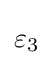
{{{\text{ }}\!\!\varepsilon \!\!{\text{ }}}_{3}}